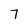
Character: 7